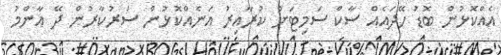
އެއްކޮޅުން ބޮޑު ހޭދައެއް ސާކް ސަމިޓަށް ކުރާއިރު އަނެއްކޮޅުން ސަރުކާރުން ދޭ އާންމު